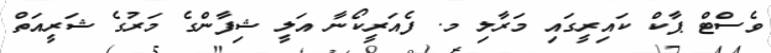
ވެސްޓް ޕާކް ކައިރީގައި މަރާލި މ. ފެއަރީކޯނާ އަލީ ޝިފާންގެ މަރުގެ ޝަރީއަތް